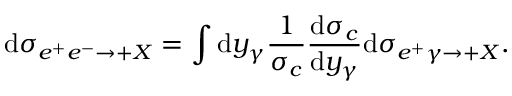
\mathrm { d } \sigma _ { e ^ { + } e ^ { - } \to \l + X } = \int \mathrm { d } y _ { \gamma } \frac { 1 } { \sigma _ { c } } \frac { \mathrm { d } \sigma _ { c } } { \mathrm { d } y _ { \gamma } } \mathrm { d } \sigma _ { e ^ { + } \gamma \to \l + X } .